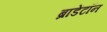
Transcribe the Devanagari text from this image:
ब्राडेंटॉन